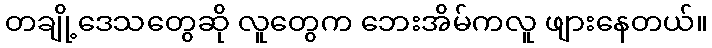
တချို့ဒေသတွေဆို လူတွေက ဘေးအိမ်ကလူ ဖျားနေတယ်။